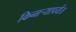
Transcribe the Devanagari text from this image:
किनार्‍यापर्यंत